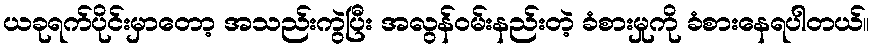
ယခုရက်ပိုင်းမှာတော့ အသည်းကွဲပြီး အလွန်ဝမ်းနည်းတဲ့ ခံစားမှုကို ခံစားနေရပါတယ်။